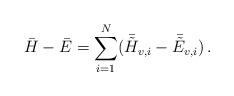
LaTeX: \begin{align*}\bar{H}-\bar{E}=\sum_{i=1}^N (\bar{\tilde{H}}_{v,i}-\bar{\tilde{E}}_{v,i})\, .\end{align*}